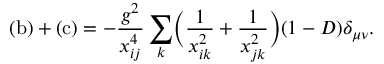
\mathrm { ( b ) } + \mathrm { ( c ) } = - \frac { g ^ { 2 } } { x _ { i j } ^ { 4 } } \sum _ { k } \Bigl ( \frac { 1 } { x _ { i k } ^ { 2 } } + \frac { 1 } { x _ { j k } ^ { 2 } } \Bigr ) ( 1 - D ) \delta _ { \mu \nu } .